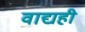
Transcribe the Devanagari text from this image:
वाद्यही